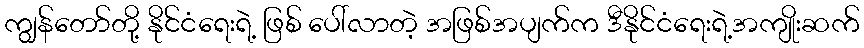
ကျွန်တော်တို့ နိုင်ငံရေးရဲ့ ဖြစ် ပေါ်လာတဲ့ အဖြစ်အပျက်က ဒီနိုင်ငံရေးရဲ့အကျိုးဆက်